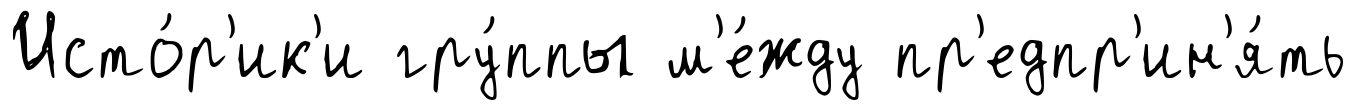
Исто́р'ик'и гру́ппы м'е́жду пр'едпр'ин'я́ть